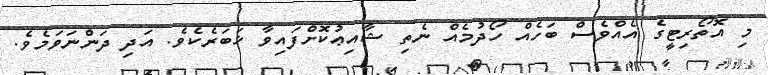
މި އޮތޯރިޓީގެ އެއްވެސް ބަހެއް ހޯދުމެއް ނެތި ޝާއިޢުކޮށްފައިވާ ޚަބަރެކެވެ. އަދި ދަންނަވަމެވެ.